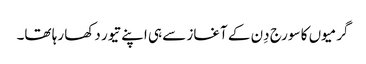
گرمیوں کا سورج دِن کے آغاز سے ہی اپنے تیور دکھا رہا تھا۔